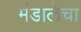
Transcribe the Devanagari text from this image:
मंडालेचा